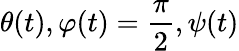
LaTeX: \theta(t),\varphi(t)=\frac{\pi}{2},\psi(t)